Scottish Certificate of Education, 1963
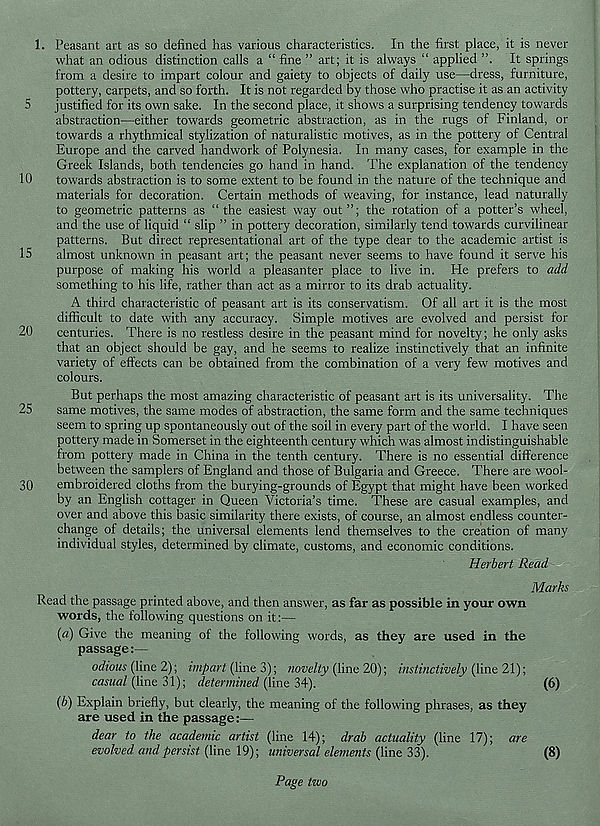
1. Peasant art as so defined has various characteristics. In the first place, it is never
what an odious distinction calls a “ fine ” art; it is always “ applied
It springs
from a desire to impart colour and gaiety to objects of daily use—dress, furniture,
pottery, carpets, and so forth. It is not regarded by those who practise it as an activity
5
justified for its own sake. In the second place, it shows a surprising tendency towards
abstraction—either towards geometric abstraction, as in the rugs of Finland, or
towards a rhythmical stylization of naturalistic motives, as in the pottery of Central
Europe and the carved handwork of Polynesia. In many cases, for example in the
Greek Islands, both tendencies go hand in hand. The explanation of the tendency
10
towards abstraction is to some extent to be found in the nature of the technique and
materials for decoration. Certain methods of weaving, for instance, lead naturally
to geometric patterns as “ the easiest way out”; the rotation of a potter’s wheel,
and the use of liquid “ slip ” in pottery decoration, similarly tend towards curvilinear
patterns. But direct representational art of the type dear to the academic artist is
IS
almost unknown in peasant art; the peasant never seems to have found it serve his
purpose of making his world a pleasanter place to live in. He prefers to add
something to his life, rather than act as a mirror to its drab actuality.
A third characteristic of peasant art is its conservatism. Of all art it is the most
difficult to date with any accuracy. Simple motives are evolved and persist for
20
centuries. There is no restless desire in the peasant mind for novelty; he only asks
that an object should be gay, and he seems to realize instinctively that an infinite
variety of effects can be obtained from the combination of a very few motives and
colours.
But perhaps the most amazing characteristic of peasant art is its universality. The
25
same motives, the same modes of abstraction, the same form and the same techniques
seem to spring up spontaneously out of the soil in every part of the wwld. I have seen
pottery made in Somerset in the eighteenth century which was almost indistinguishable
from pottery made in China in the tenth century. There is no essential difference
between the samplers of England and those of Bulgaria and Greece. There are wool-
30
embroidered cloths from the burying-grounds of Egypt that might have been worked
by an English cottager in Queen Victoria’s time. These are casual examples, and
over and above this basic similarity there exists, of course, an almost endless counter-
change of details; the universal elements lend themselves to the creation of many
individual styles, determined by climate, customs, and economic conditions.
Herbert Read
Marks
Read the passage printed above, and then answer, as far as possible in your own
words, the following questions on it:—
(a) Give the meaning of the following words, as they are used in the
passage:—
odious (line 2); impart (line 3); novelty (line 20); instinctively (line 21);
casual (line 31); determined ([me hA).
(6)
(b) Explain briefly, but clearly, the meaning of the following phrases, as they
are used in the passage:—
dear to the academic artist (line 14); drab actuality (line 17); are
evolved and persist (line 19); universal elements (line 33).
(8)
Page two